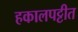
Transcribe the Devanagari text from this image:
हकालपट्टीत